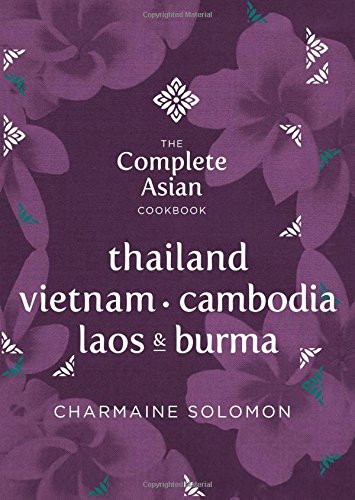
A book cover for The Complete Asian Cookbook Series: Thailand, Vietnam, Cambodida, Laos & Burma; Charmaine Solomon; Cookbooks, Food & Wine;